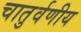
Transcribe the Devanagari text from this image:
चातुर्वणीय